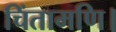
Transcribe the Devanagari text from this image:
चिंतामणि।